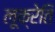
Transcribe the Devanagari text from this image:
लूक्रेति